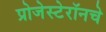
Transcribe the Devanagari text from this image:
प्रोजेस्टेरॉनचे